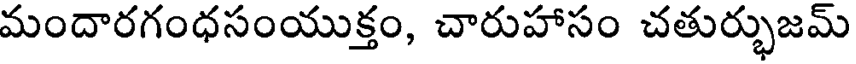
మందారగంధసంయుక్తం, చారుహాసం చతుర్భుజమ్